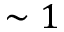
\sim 1